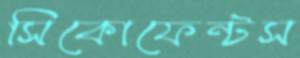
সিকোফেন্টস